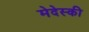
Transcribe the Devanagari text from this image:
मेदेस्की